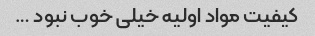
کیفیت مواد اولیه خیلی خوب نبود …